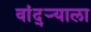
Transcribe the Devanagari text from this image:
वांद्‌ऱ्याला